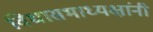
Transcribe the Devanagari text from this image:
विधासभाध्यक्षांनी